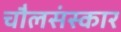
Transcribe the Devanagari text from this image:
चौलसंस्कार